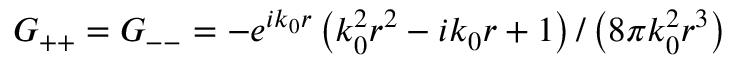
G _ { + + } = G _ { -- } = - e ^ { i k _ { 0 } r } \left( k _ { 0 } ^ { 2 } r ^ { 2 } - i k _ { 0 } r + 1 \right) / \left( 8 \pi k _ { 0 } ^ { 2 } r ^ { 3 } \right)